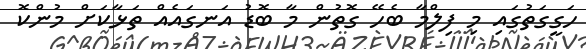
ހަގީގަތުގައި މި ފިލްމާ ބެހޭ ގޮތުން މާ ބޮޑު އަނގައެއް ތަޅާކަށް މުންކޮ